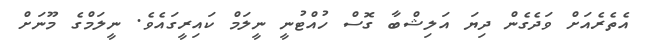
އެތެރެއަށް ވަދެގެން ދިޔަ އަލިޝްބާ ގޮސް ހުއްޓުނީ ނީލަމް ކައިރީގައެވެ. ނީލަމްގެ މޫނަށް